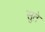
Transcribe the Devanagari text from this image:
सुते